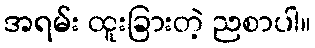
အရမ်း ထူးခြားတဲ့ ညစာပါ။